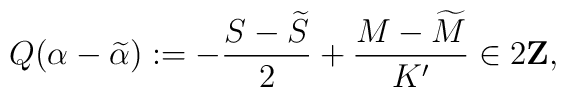
Q(\alpha-\widetilde{\alpha}):=-\frac{S-\widetilde{S}}{2}+\frac{M-\widetilde{M}}{K'}\in 2{\bf Z},